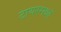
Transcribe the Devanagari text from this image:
टायरमध्ये